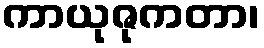
ကာယုဇုကတာ၊